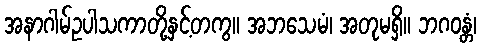
အနာဂါမ်ဥပါသကာတို့နှင့်တကွ။ အဘသေမံ၊ အတုမရှိ။ ဘဂဝန္တံ၊